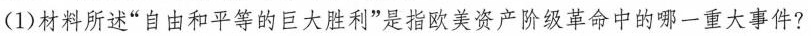
(1)材料所述“自由和平等的巨大胜利”是指欧美资产阶级革命中的哪一重大事件?